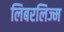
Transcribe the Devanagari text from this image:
लिबरलिज्म